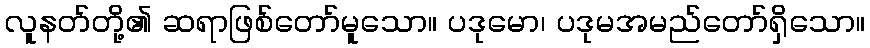
လူနတ်တို့၏ ဆရာဖြစ်တော်မူသော။ ပဒုမော၊ ပဒုမအမည်တော်ရှိသော။